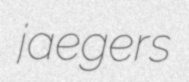
jaegers